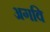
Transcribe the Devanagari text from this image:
अगवि